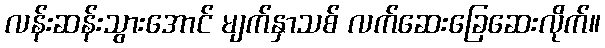
လန်းဆန်းသွားအောင် မျက်နှာသစ် လက်ဆေးခြေဆေးလိုက်။